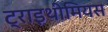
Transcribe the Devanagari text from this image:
ट्राइथीमियस